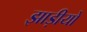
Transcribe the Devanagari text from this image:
झाड़ीयों